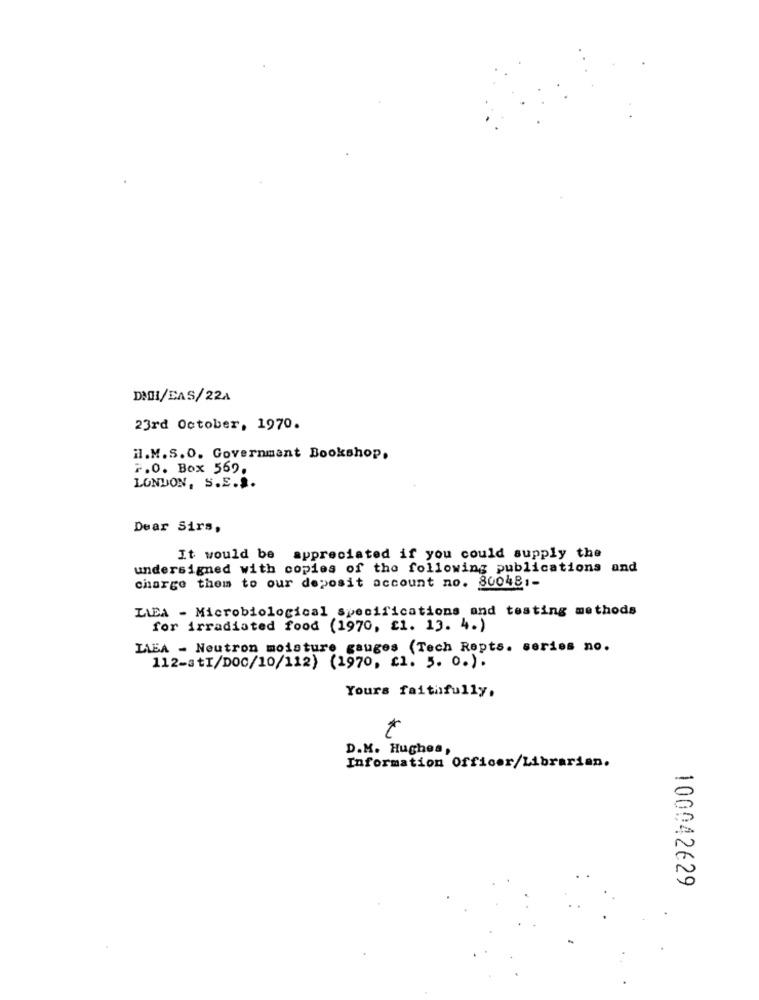
DICH/EAS/22A
23rd October, 1970.
il.M.S.O. Government Bookshop.
F.O. Box 569.
LONDON, S.S.S.
Dear Sirs,
It would be appreciated if you could supply the
undersigned with copies of the following publications and
charge them to our deposit account no. 800481-
LIDA - Microbiological specifications and testing methods
for irradiated food (1970, £1. 13. 4.)
LABA - Neutron moisture gauges (Tech Repts. series no.
112-str/DOC/10/112) (1970, c1. 5. 0.).
Yours faithfully.
t
D.M. Hughes,
Information Officer/Librarian.
100042629